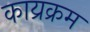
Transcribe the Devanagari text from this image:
काय्रक्रम